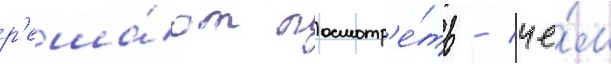
р'еша́ют посмотр'е́ть / че́м